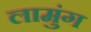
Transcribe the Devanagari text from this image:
लामुंग